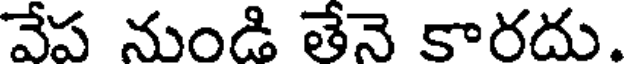
వేప నుండి తేనె కారదు.